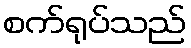
စက်ရုပ်သည်